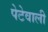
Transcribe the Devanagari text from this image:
पेटेवाली